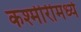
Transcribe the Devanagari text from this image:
कश्मीरीमध्ये